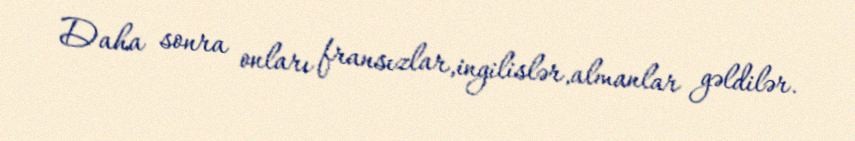
Daha sonra onları fransızlar,ingilislər,almanlar gəldilər.